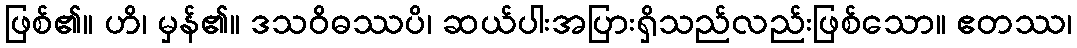
ဖြစ်၏။ ဟိ၊ မှန်၏။ ဒသဝိဓဿပိ၊ ဆယ်ပါးအပြားရှိသည်လည်းဖြစ်သော။ ဧတဿ၊